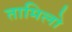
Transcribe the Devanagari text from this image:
तामिलो